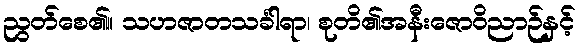
ညွတ်စေ၏။ သဟဇာတသင်္ခါရာ၊ စုတိ၏အနီးဇောဝိညာဉ်နှင့်